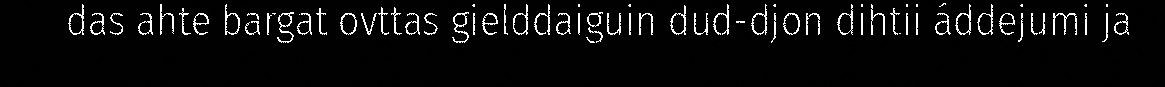
das ahte bargat ovttas gielddaiguin dud-djon dihtii áddejumi ja